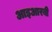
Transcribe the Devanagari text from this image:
आइआरबी